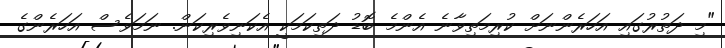
"މި ދަތުރުގައި އަހަރެންނަށް ކުރިމަތިވާނެ އެންމެ ބޮޑު ދަތިކަމަކީ އެކަނިވެރިކަން. ނަމަވެސް އަހަރެންގެ